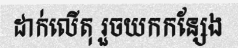
ដាក់លើតុ រួចយកកន្សែង